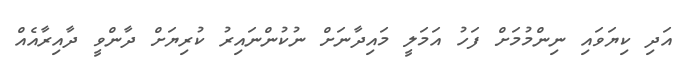
އަދި ކިޔަވައި ނިންމުމަށް ފަހު އަމަލީ މައިދާނަށް ނުކުންނައިރު ކުރިޔަށް ދާންވީ ދާއިރާއެއް